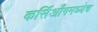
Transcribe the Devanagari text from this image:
कर्सिआँगमध्येच